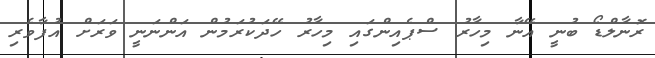
ރޮނާލްޑޯ ބުނީ އޭނާ މިހާރު ސްޕެއިންގައި މިހާރު ހޭދަކުރަމުން އަންނަނީ ވަރަށް އުފާވެރި